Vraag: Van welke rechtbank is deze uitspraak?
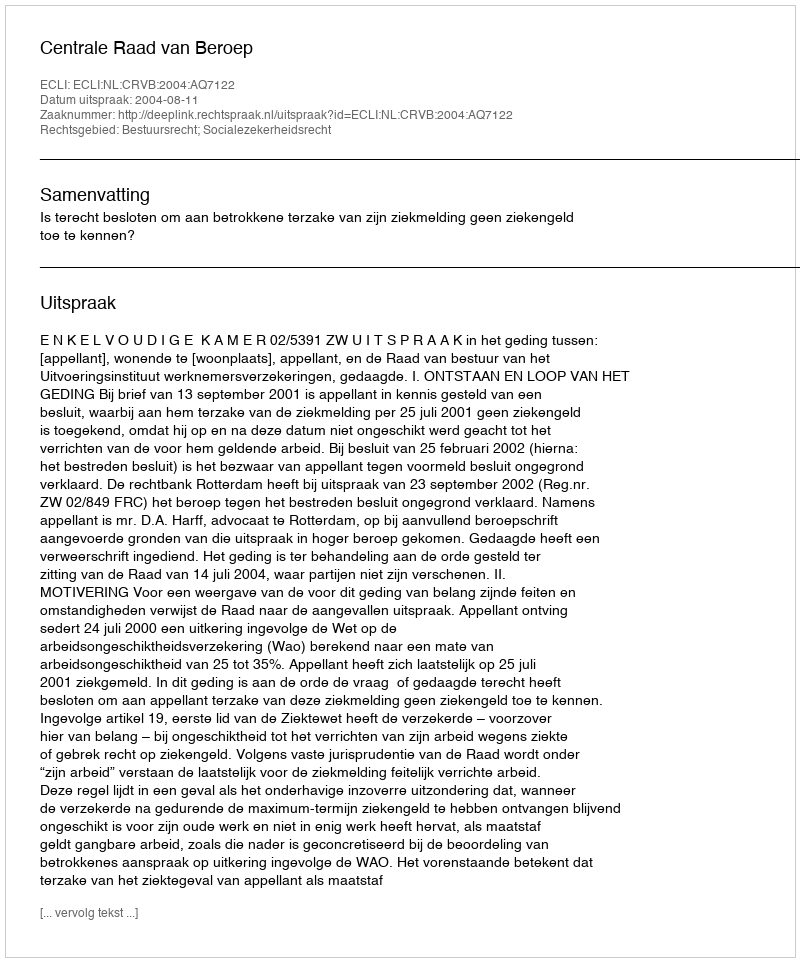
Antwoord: Centrale Raad van Beroep